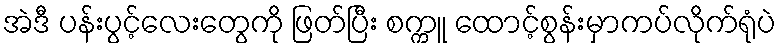
အဲဒီ ပန်းပွင့်လေးတွေကို ဖြတ်ပြီး စက္ကူ ထောင့်စွန်းမှာကပ်လိုက်ရုံပဲ